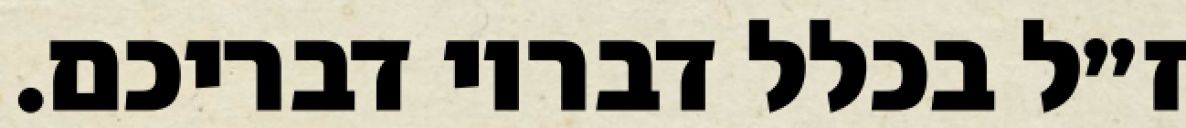
ז״ל בכלל דבריו דבריכם.